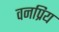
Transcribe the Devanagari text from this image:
वनप्रिय